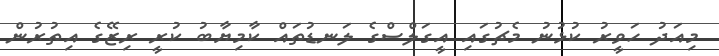
މިއަދު ހަވީރު ކުޅުނު މެޗުގައި އީގަލްސްގެ ލަނޑުތައް ކާމިޔާބު ކުރީ ރިޒޭގެ އިތުރުން